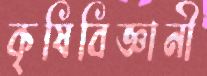
কৃষিবিজ্ঞানী